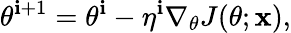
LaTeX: \theta^{\mathbf{i}+1}=\theta^{\mathbf{i}}-\eta^{\mathbf{i}}\nabla_{\theta}J(\theta;\mathbf{{x}}),